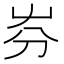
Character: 㞣